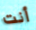
أنت